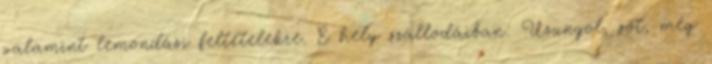
valamint lemondási feltételekre. E hely szállodáiban: Uzungol, sőt, még